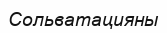
Сольватацияны